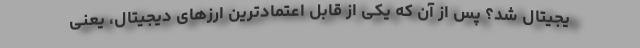
یجیتال شد؟ پس از آن که یکی از قابل اعتمادترین ارزهای دیجیتال، یعنی